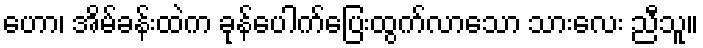
ဟော၊ အိမ်ခန်းထဲက ခုန်ပေါက်ပြေးထွက်လာသော သားလေး ညီသူ။